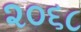
૨૦૬૮